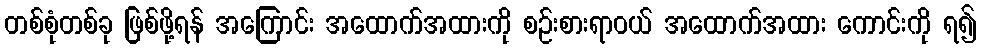
တစ်စုံတစ်ခု ဖြစ်ဖို့ရန် အကြောင်း အထောက်အထားကို စဉ်းစားရာဝယ် အထောက်အထား ကောင်းကို ရ၍